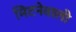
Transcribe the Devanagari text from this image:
मिटनेवाली